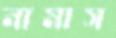
নামাস